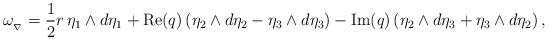
LaTeX: \begin{align*}\omega_{_{\nabla}}=\frac12 r \, \eta_{1}\wedge d\eta_{1}+ \mathrm{Re}(q) \left( \eta_{2}\wedge d\eta_{2}- \eta_{3}\wedge d\eta_{3}\right)- \mathrm{Im}(q) \left(\eta_{2}\wedge d\eta_{3}+\eta_{3}\wedge d\eta_{2}\right),\end{align*}